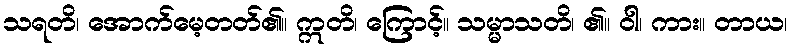
သရတိ၊ အောက်မေ့တတ်၏။ ဣတိ၊ ကြောင့်။ သမ္မာသတိ၊ ၏။ ဝါ၊ ကား။ တာယ၊